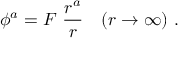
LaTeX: \phi ^ { a } = F \ \frac { r ^ { a } } { r } \quad ( r \rightarrow \infty ) \ .